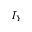
I _ { Y }